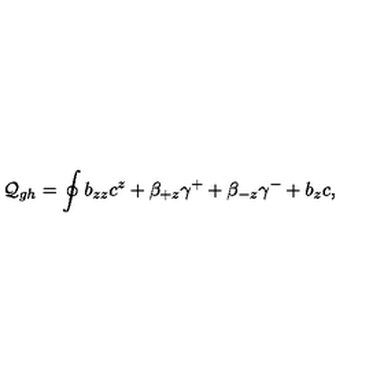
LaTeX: { \cal Q } _ { g h } = \oint b _ { z z } c ^ { z } + \beta _ { + z } \gamma ^ { + } + \beta _ { - z } \gamma ^ { - } + b _ { z } c ,